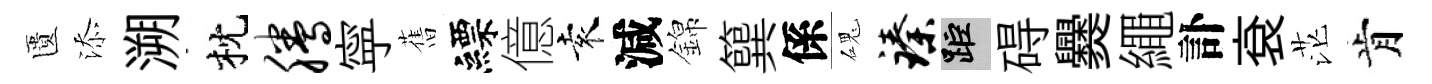
匱添溯枕腾寜𦾔縹億袁減錦簨係磈臻距碍爨繩訃袞茫肯